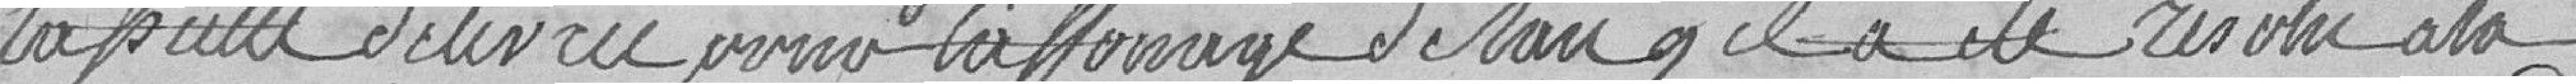
la   délivrée par l'affermage de l'étang qu'il a été résolu à la